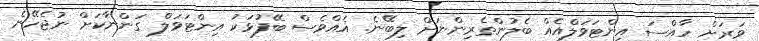
ވަރަށް ހާއްސަ އިންޓަވަލްއެއް ބެލުންތެރިންނަށް ލިބޭނެ. އެއްވެސް ބޭފުޅަކު އިންޓަވަލް ގަންނާކަށް ނުޖެހޭނެ